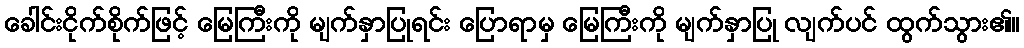
ခေါင်းငိုက်စိုက်ဖြင့် မြေကြီးကို မျက်နှာပြုရင်း ပြောရာမှ မြေကြီးကို မျက်နှာပြု လျက်ပင် ထွက်သွား၏။